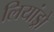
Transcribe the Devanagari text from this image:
लियांड्रो